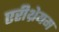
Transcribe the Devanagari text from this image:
एरीथ्रेयम